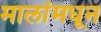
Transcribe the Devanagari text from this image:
मालांमधून